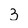
Character: 3